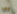
بي